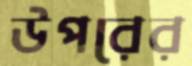
উপরের